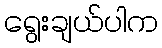
ရွေးချယ်ပါက